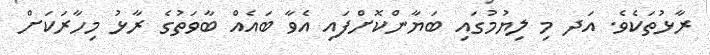
ރާޅުތަކެވެ. އަދ މި ލިޔުމުގައި ބަޔާންކޮށްފައި އެވާ ބައެއް ބާވަތުގެ ރާޅު މިހާރަކަށް